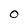
Character: O